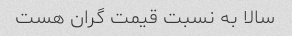
سالا به نسبت قیمت گران هست